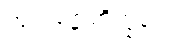
ဘူတပုဗ္ဗံ ဘိက္ခဝေ၊